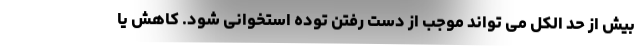
بیش از حد الکل می تواند موجب از دست رفتن توده استخوانی شود. کاهش یا